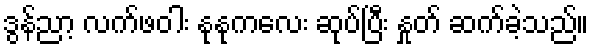
ဒွန်ညာ့ လက်ဖဝါး နုနုကလေး ဆုပ်ပြီး နှုတ် ဆက်ခဲ့သည်။